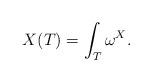
LaTeX: \begin{align*} X(T)=\int_T \omega^X. \end{align*}